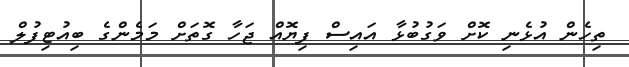
ތިހެން އުޅެނި ކޮށް ވަގުބުޅާ އައިސް ފިޔޮއް ޖަހާ ގޮތަށް މަމެންގެ ބިއުޓިފުލް